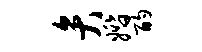
弁婚酌